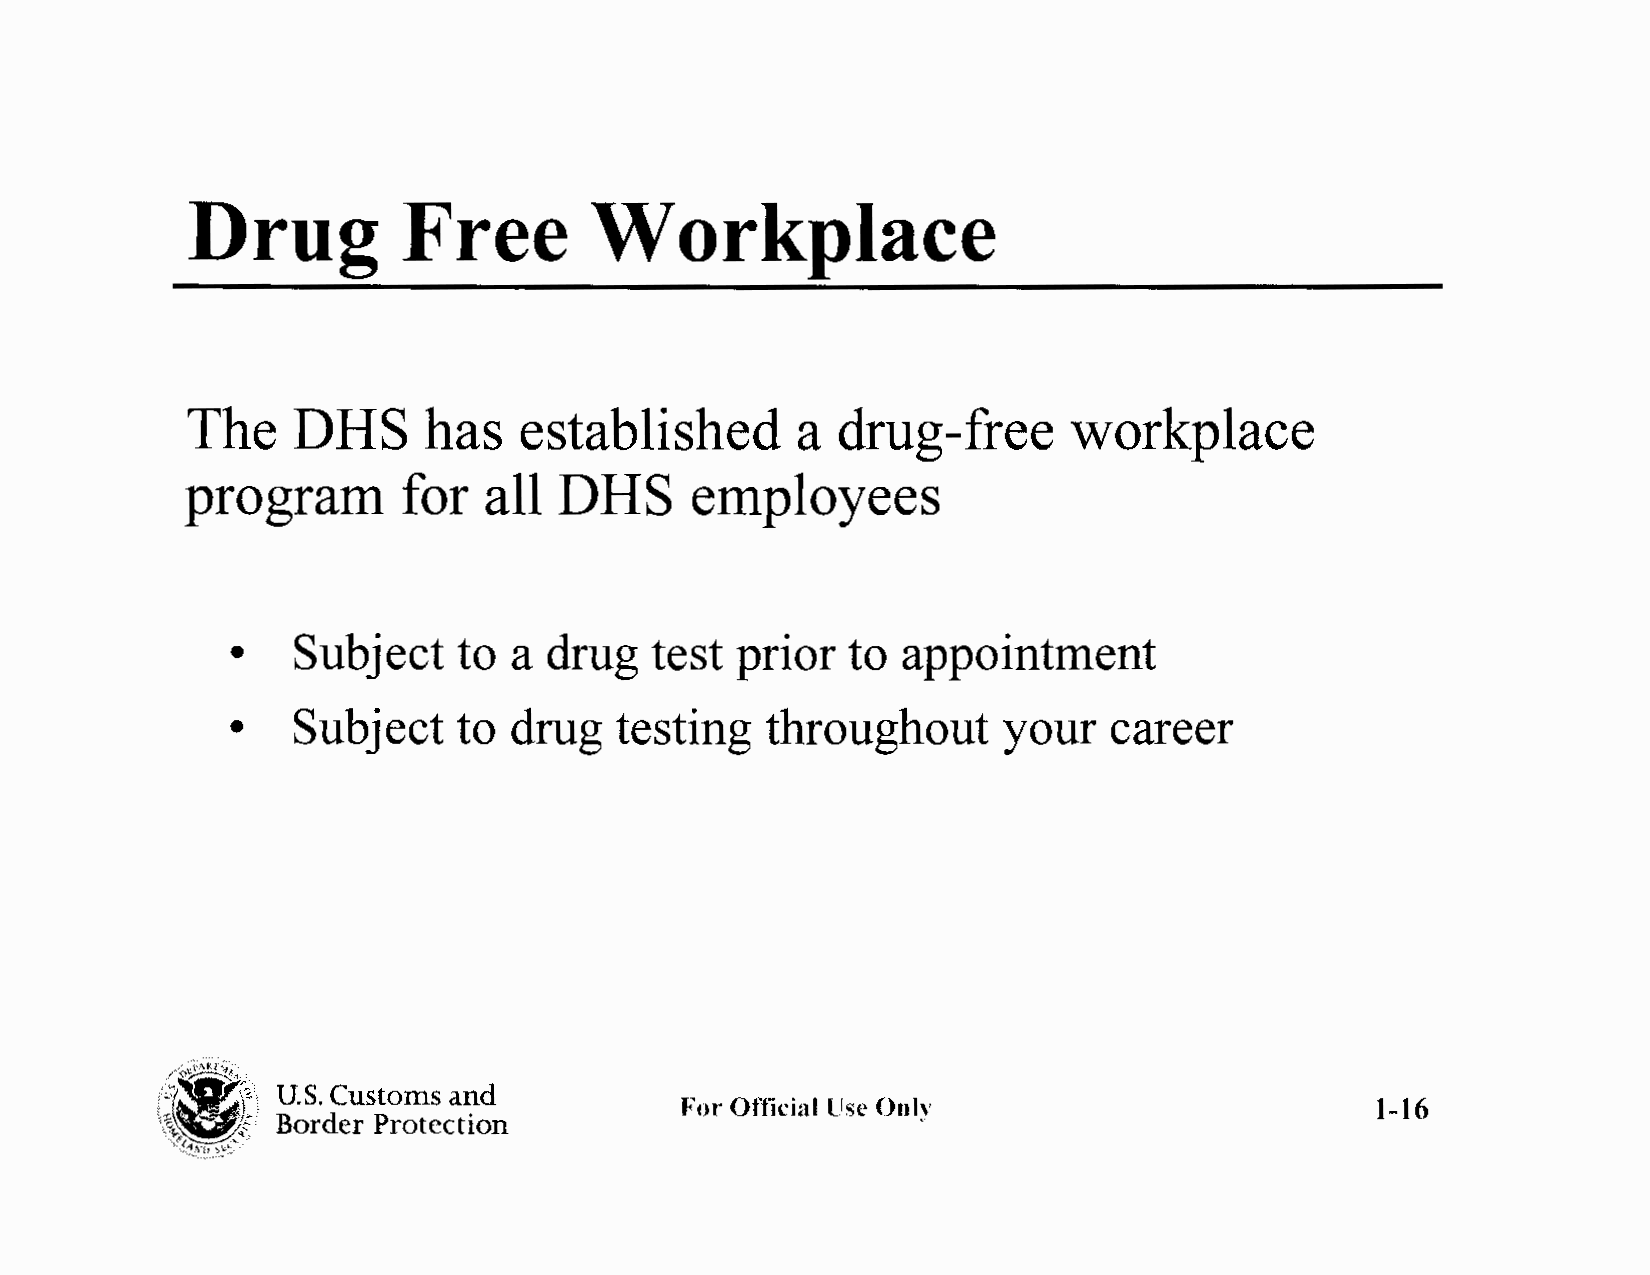
Drug           Free        Workplace
 The    DHS      has   established        a drug-free       workplace
 program        for  all  DHS      employees
 •   Subject    to  a drug   test  prior  to  appointment
 •   Subject    to  drug   testing   throughout     your    career
 U.S. Customs and
 For Official tlse Only                        1-16
 Border Protection